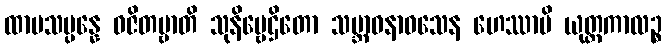
ထာမသမ္ပန္နေ ဝဇိတဗ္ဗာတိ သုနိဗ္ဗေဌိတော သမ္ဘာဝနာဝသေန ဟေဿာမိ ယုတ္တကာလဉ္စ